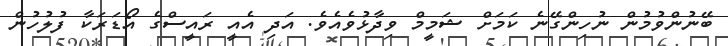
ބޭނުންވުމުން ނުހިންގޭނެ ކަމަށް ޝަމީމް ވިދާޅުވެއެވެ. އަދި އެއީ ރައީސްގެ އޯޑަރަކާ ފުލުހުން